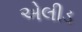
એલીડ